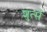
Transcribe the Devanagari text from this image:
शुर्त्स